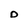
Character: D